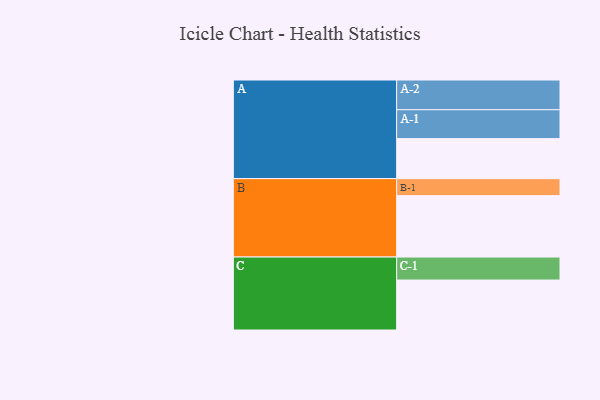
{"axis": {"x": "Segment", "y": "Value"}, "legend": ["", "A", "B", "C"], "data": [{"x": "A", "y": 374, "type": ""}, {"x": "B", "y": 574, "type": ""}, {"x": "C", "y": 467, "type": ""}, {"x": "A-1", "y": 270, "type": "A"}, {"x": "A-2", "y": 278, "type": "A"}, {"x": "B-1", "y": 159, "type": "B"}, {"x": "C-1", "y": 215, "type": "C"}]}